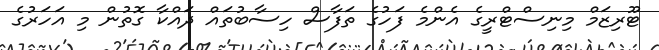
ޓޫރިޒަމް މިނިސްޓްރީގެ އެންމެ ފަހުގެ ތަފާސް ހިސާބުތައް ދައްކާ ގޮތުން މި އަހަރުގެ